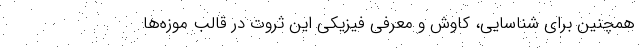
همچنین برای شناسایی، کاوش و معرفی فیزیکی این ثروت در قالب موزه‌ها